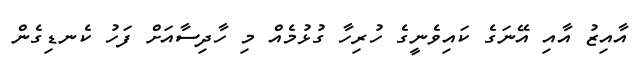
އާއިޒު އާއި އޭނަގެ ކައިވެނީގެ ހުރިހާ ގުޅުމެއް މި ހާދިސާއަށް ފަހު ކެނޑިގެން